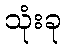
သုံးခု